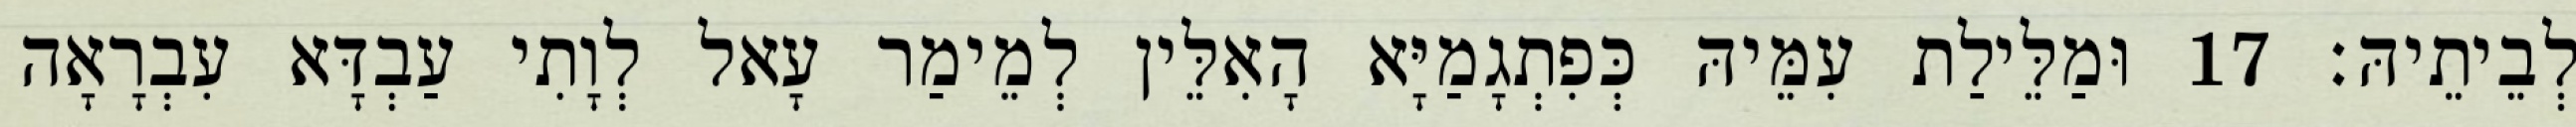
לְבֵיתֵיהּ׃ 17 וּמַלֵּילַת עִמֵּיהּ כְּפִתְגָמַיָּא הָאִלֵּין לְמֵימַר עָאל לְוָתִי עַבְדָּא עִבְרָאָה